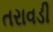
તરાવડી